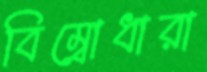
বিম্বোধারা